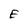
Character: E